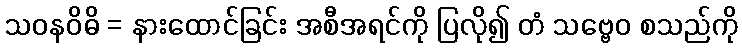
သဝနဝိဓိ = နားထောင်ခြင်း အစီအရင်ကို ပြလို၍ တံ သဗ္ဗေဝ စသည်ကို